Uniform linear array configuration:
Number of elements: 32
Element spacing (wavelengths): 1
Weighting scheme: kaiser
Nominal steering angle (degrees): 0
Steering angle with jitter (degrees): -1.857
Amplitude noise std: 0.05
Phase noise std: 0.05

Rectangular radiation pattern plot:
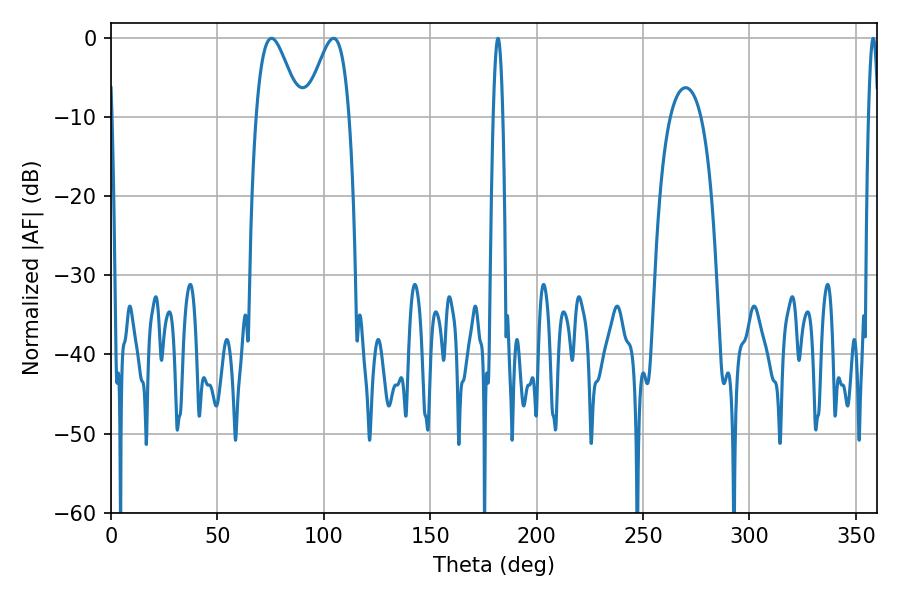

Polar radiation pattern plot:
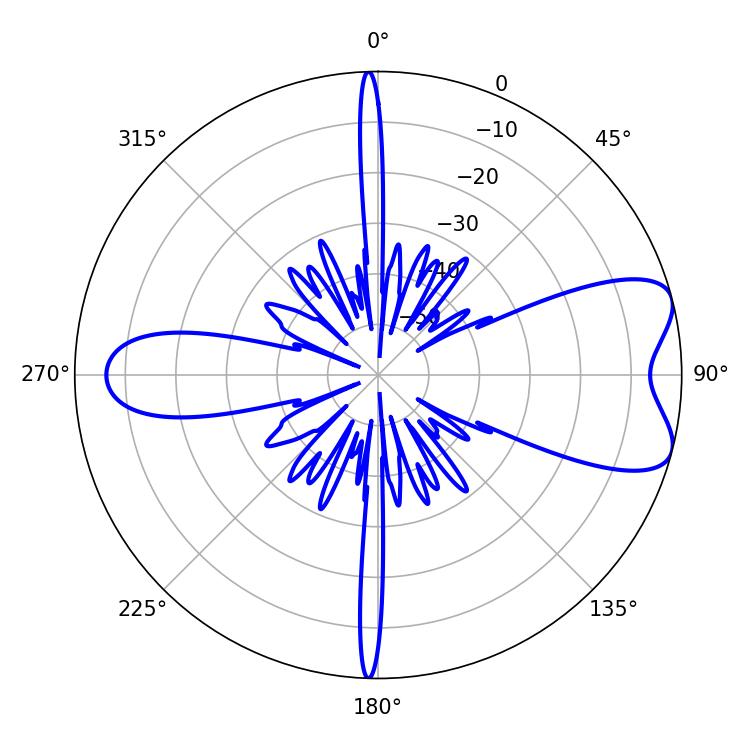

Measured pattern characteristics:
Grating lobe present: TRUE
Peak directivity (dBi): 7.458
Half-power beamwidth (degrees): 10.8
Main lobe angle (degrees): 75.42